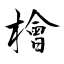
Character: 檜